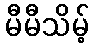
မီမီသိမ့်